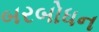
બરબોધન